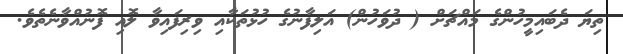
ތިޔަ ދެބައިމީހުންގެ މައްޗަށް ( ދުވަހުން) އަލިފާނުގެ ހުޅުތަކާއި ވިރިފައިވާ ލޮއި ފޮނުއްވާނެތެވެ.